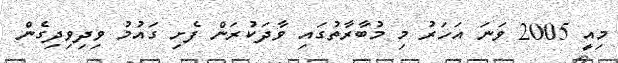
މިއީ 2005 ވަނަ އަހަރު މި މުބާރާތުގައި ވާދަކުރަން ފެށި ގައުމު ވިދިވިދިގެން